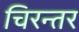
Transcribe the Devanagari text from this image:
चिरन्तर